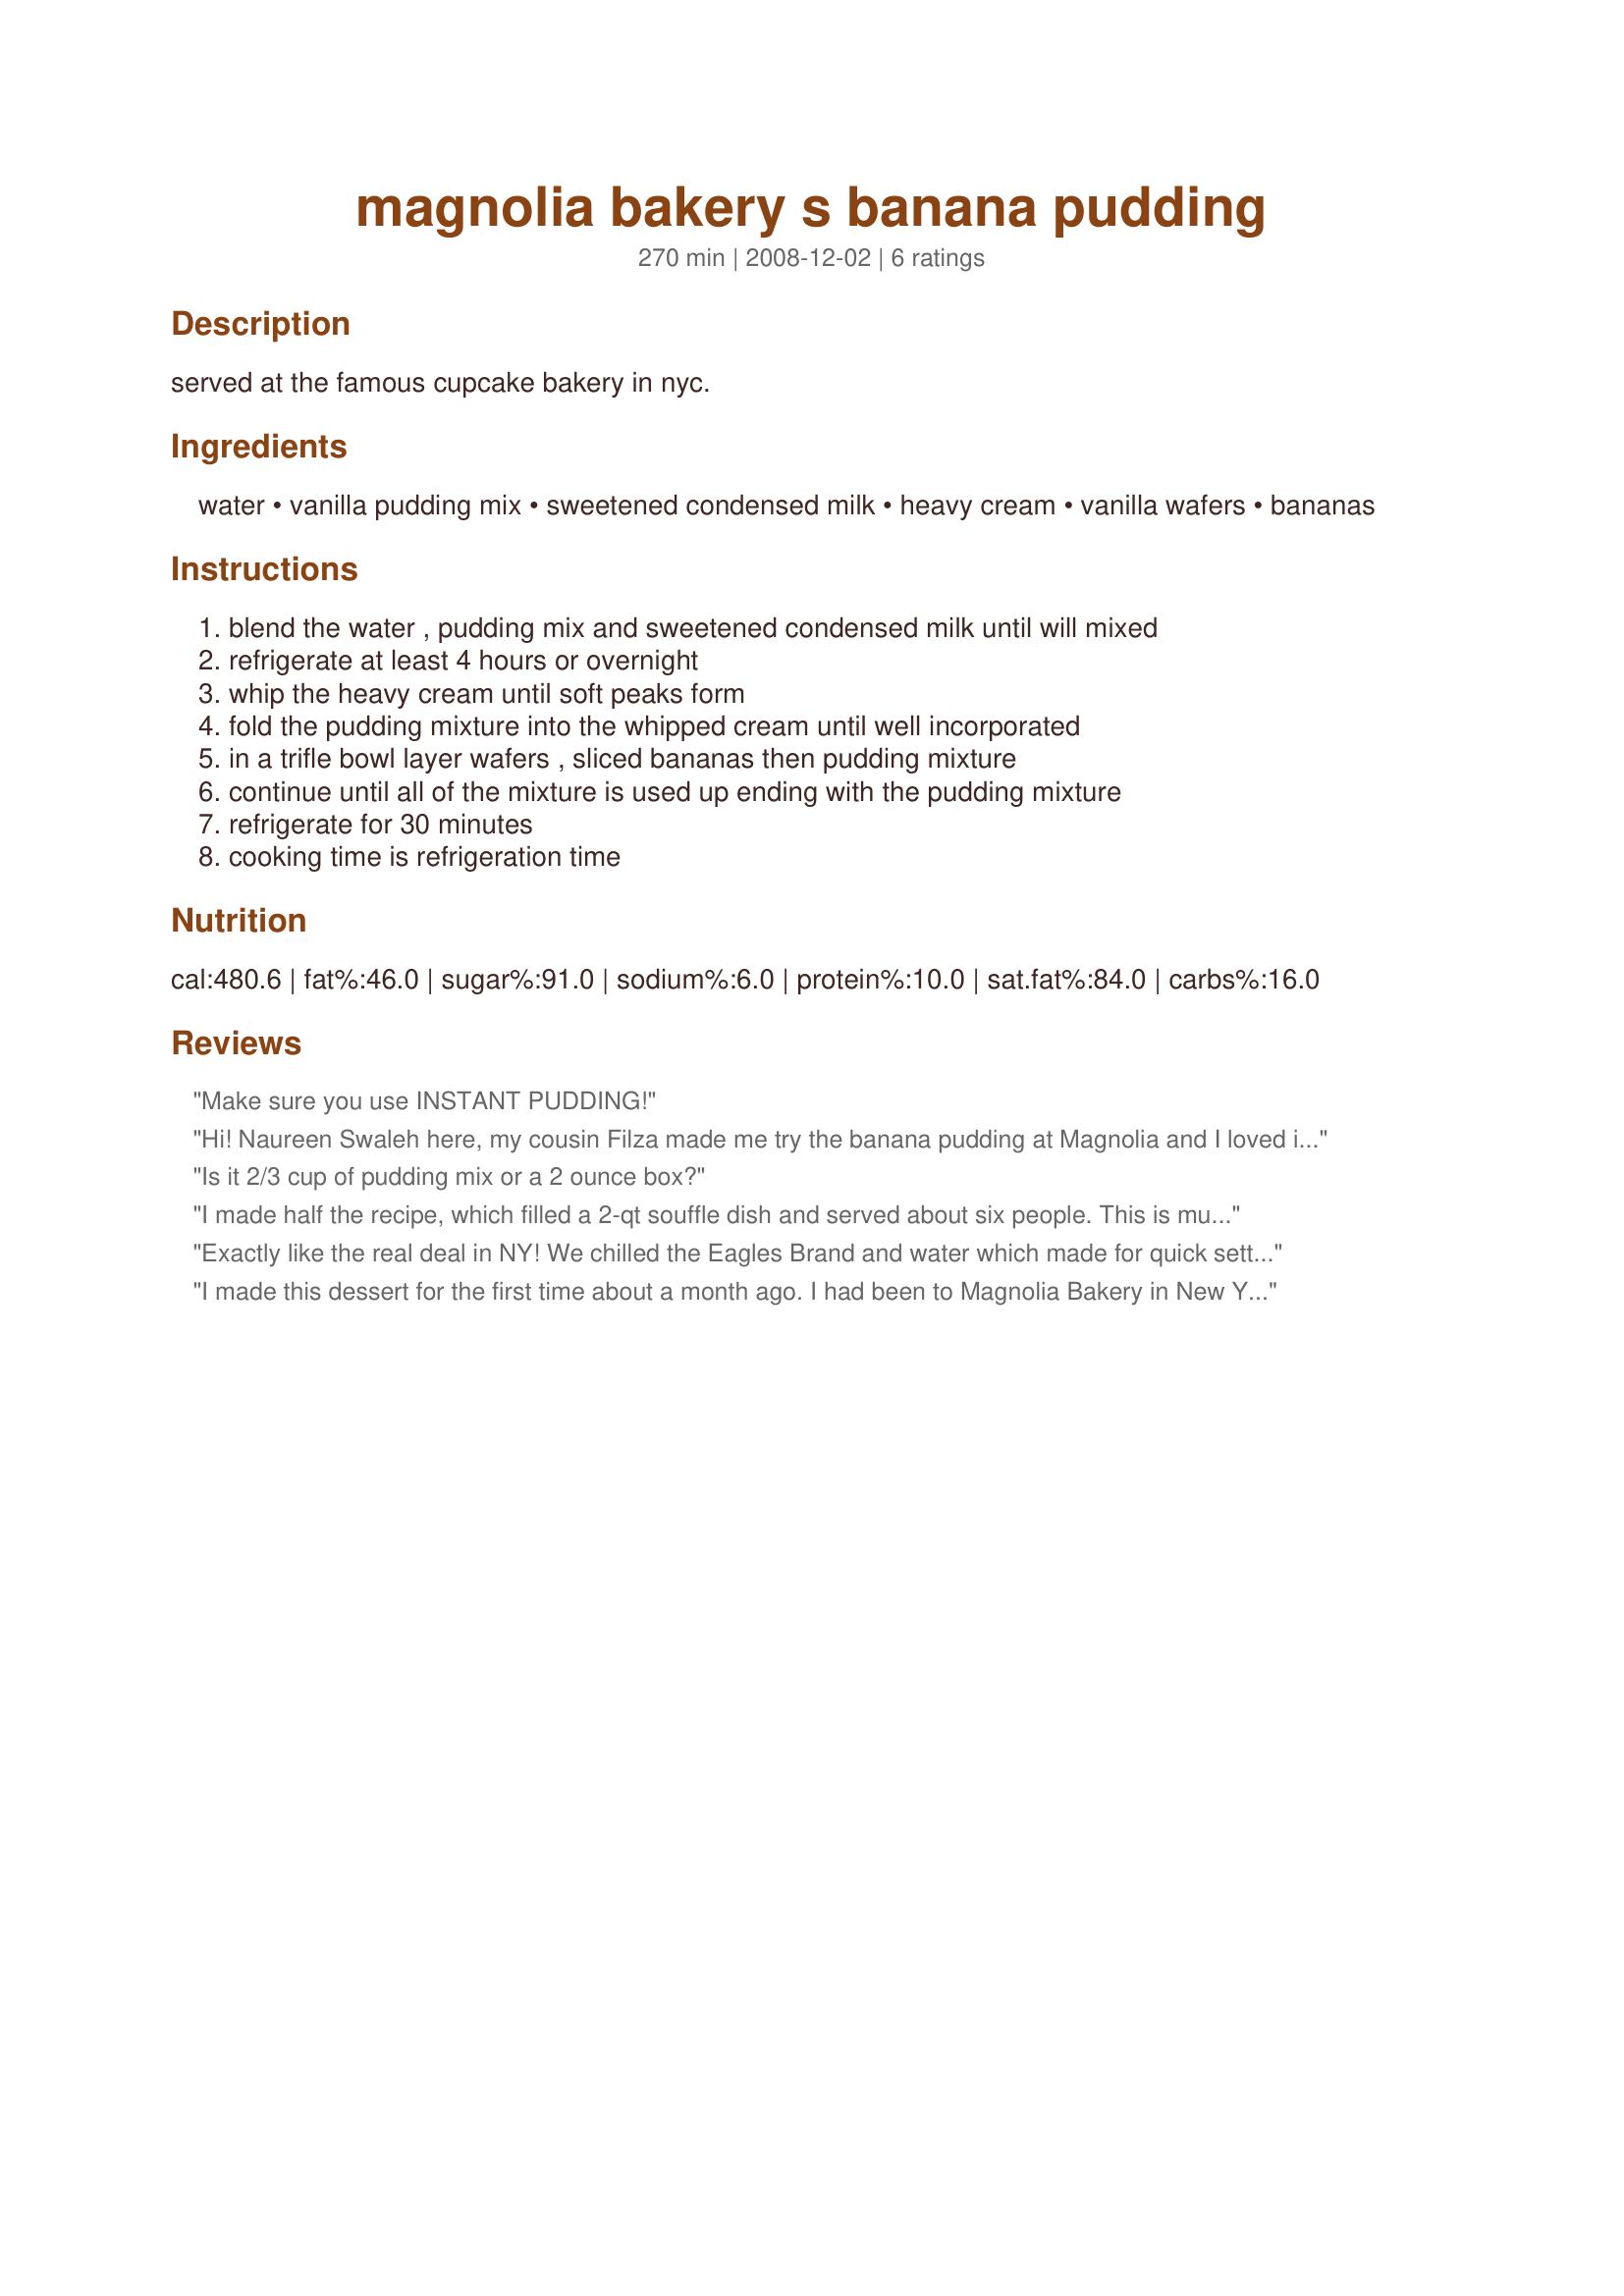
magnolia bakery s banana pudding
Preparation time: 270 minutes

served at the famous cupcake bakery in nyc.

Ingredients:
water, vanilla pudding mix, sweetened condensed milk, heavy cream, vanilla wafers, bananas

Steps:
blend the water , pudding mix and sweetened condensed milk until will mixed, refrigerate at least 4 hours or overnight, whip the heavy cream until soft peaks form, fold the pudding mixture into the whipped cream until well incorporated, in a trifle bowl layer wafers , sliced bananas then pudding mixture, continue until all of the mixture is used up ending with the pudding mixture, refrigerate for 30 minutes, cooking time is refrigeration time

Reviews:
Make sure you use INSTANT PUDDING!
Hi! Naureen Swaleh here, my cousin Filza made me try the banana pudding at Magnolia and I loved it. Got this recipe, tried it and it is absolutely delicious! Really excited to make everyone in my family try it too. I didn&#039;t have vanilla pudding, so I used egg pudding and added vanilla extract. The pudding is actually the binding and thickening agent in this recipe. I hope this review is helpful to you.
Is it 2/3 cup of pudding mix or a 2 ounce box?
I made half the recipe, which filled a 2-qt souffle dish and served about six people. This is much too rich for me. Basically, it's sweetened whipped cream with bananas and vanilla wafers.
Exactly like the real deal in NY! We chilled the Eagles Brand and water which made for quick setting for the Pudding. This was a half recipe and was about 6 servings!
I made this dessert for the first time about a month ago. I had been to Magnolia Bakery in New York a few months back and had the banana pudding. I usually would never order a banana dessert but have heard such rave reviews about it that I had to try it. I was impressed and knew that I had to attempt making it. I have the Magnolia Bakery cookbook at home so I found the right occassion to make it and I whipped it up! It turned out PERFECT. Absolutely wonderful and such a nice presentation. I like a subtle banana flavor and since the pudding part in this recipe is actually vanilla flavored and I didn't use super ripe bananas, it was very subtle. If you wanted a stronger banana flavor, you could use more bananas and make sure they are plenty ripe (but not banana bread ripe - like almost black). This dessert would be perfect for a picnic or barbeque. It's not a fancy gourmet dessert by any means but just a good old fashioned southern pudding. You must try to make this at least once. I think you will be impressed and hooked. I will definitely make it again. Oh, in my cookbook it says to let the pudding sit in the fridge from 4-8 hours after assembling it. It says "no more than 8 hours". I let mine sit for 3 hours and it was fine and I've heard of people letting it sit for 12 hours and it was fine as well. Make sure you use a clear bowl if you have it because it's fun to see the layers of the pudding.
